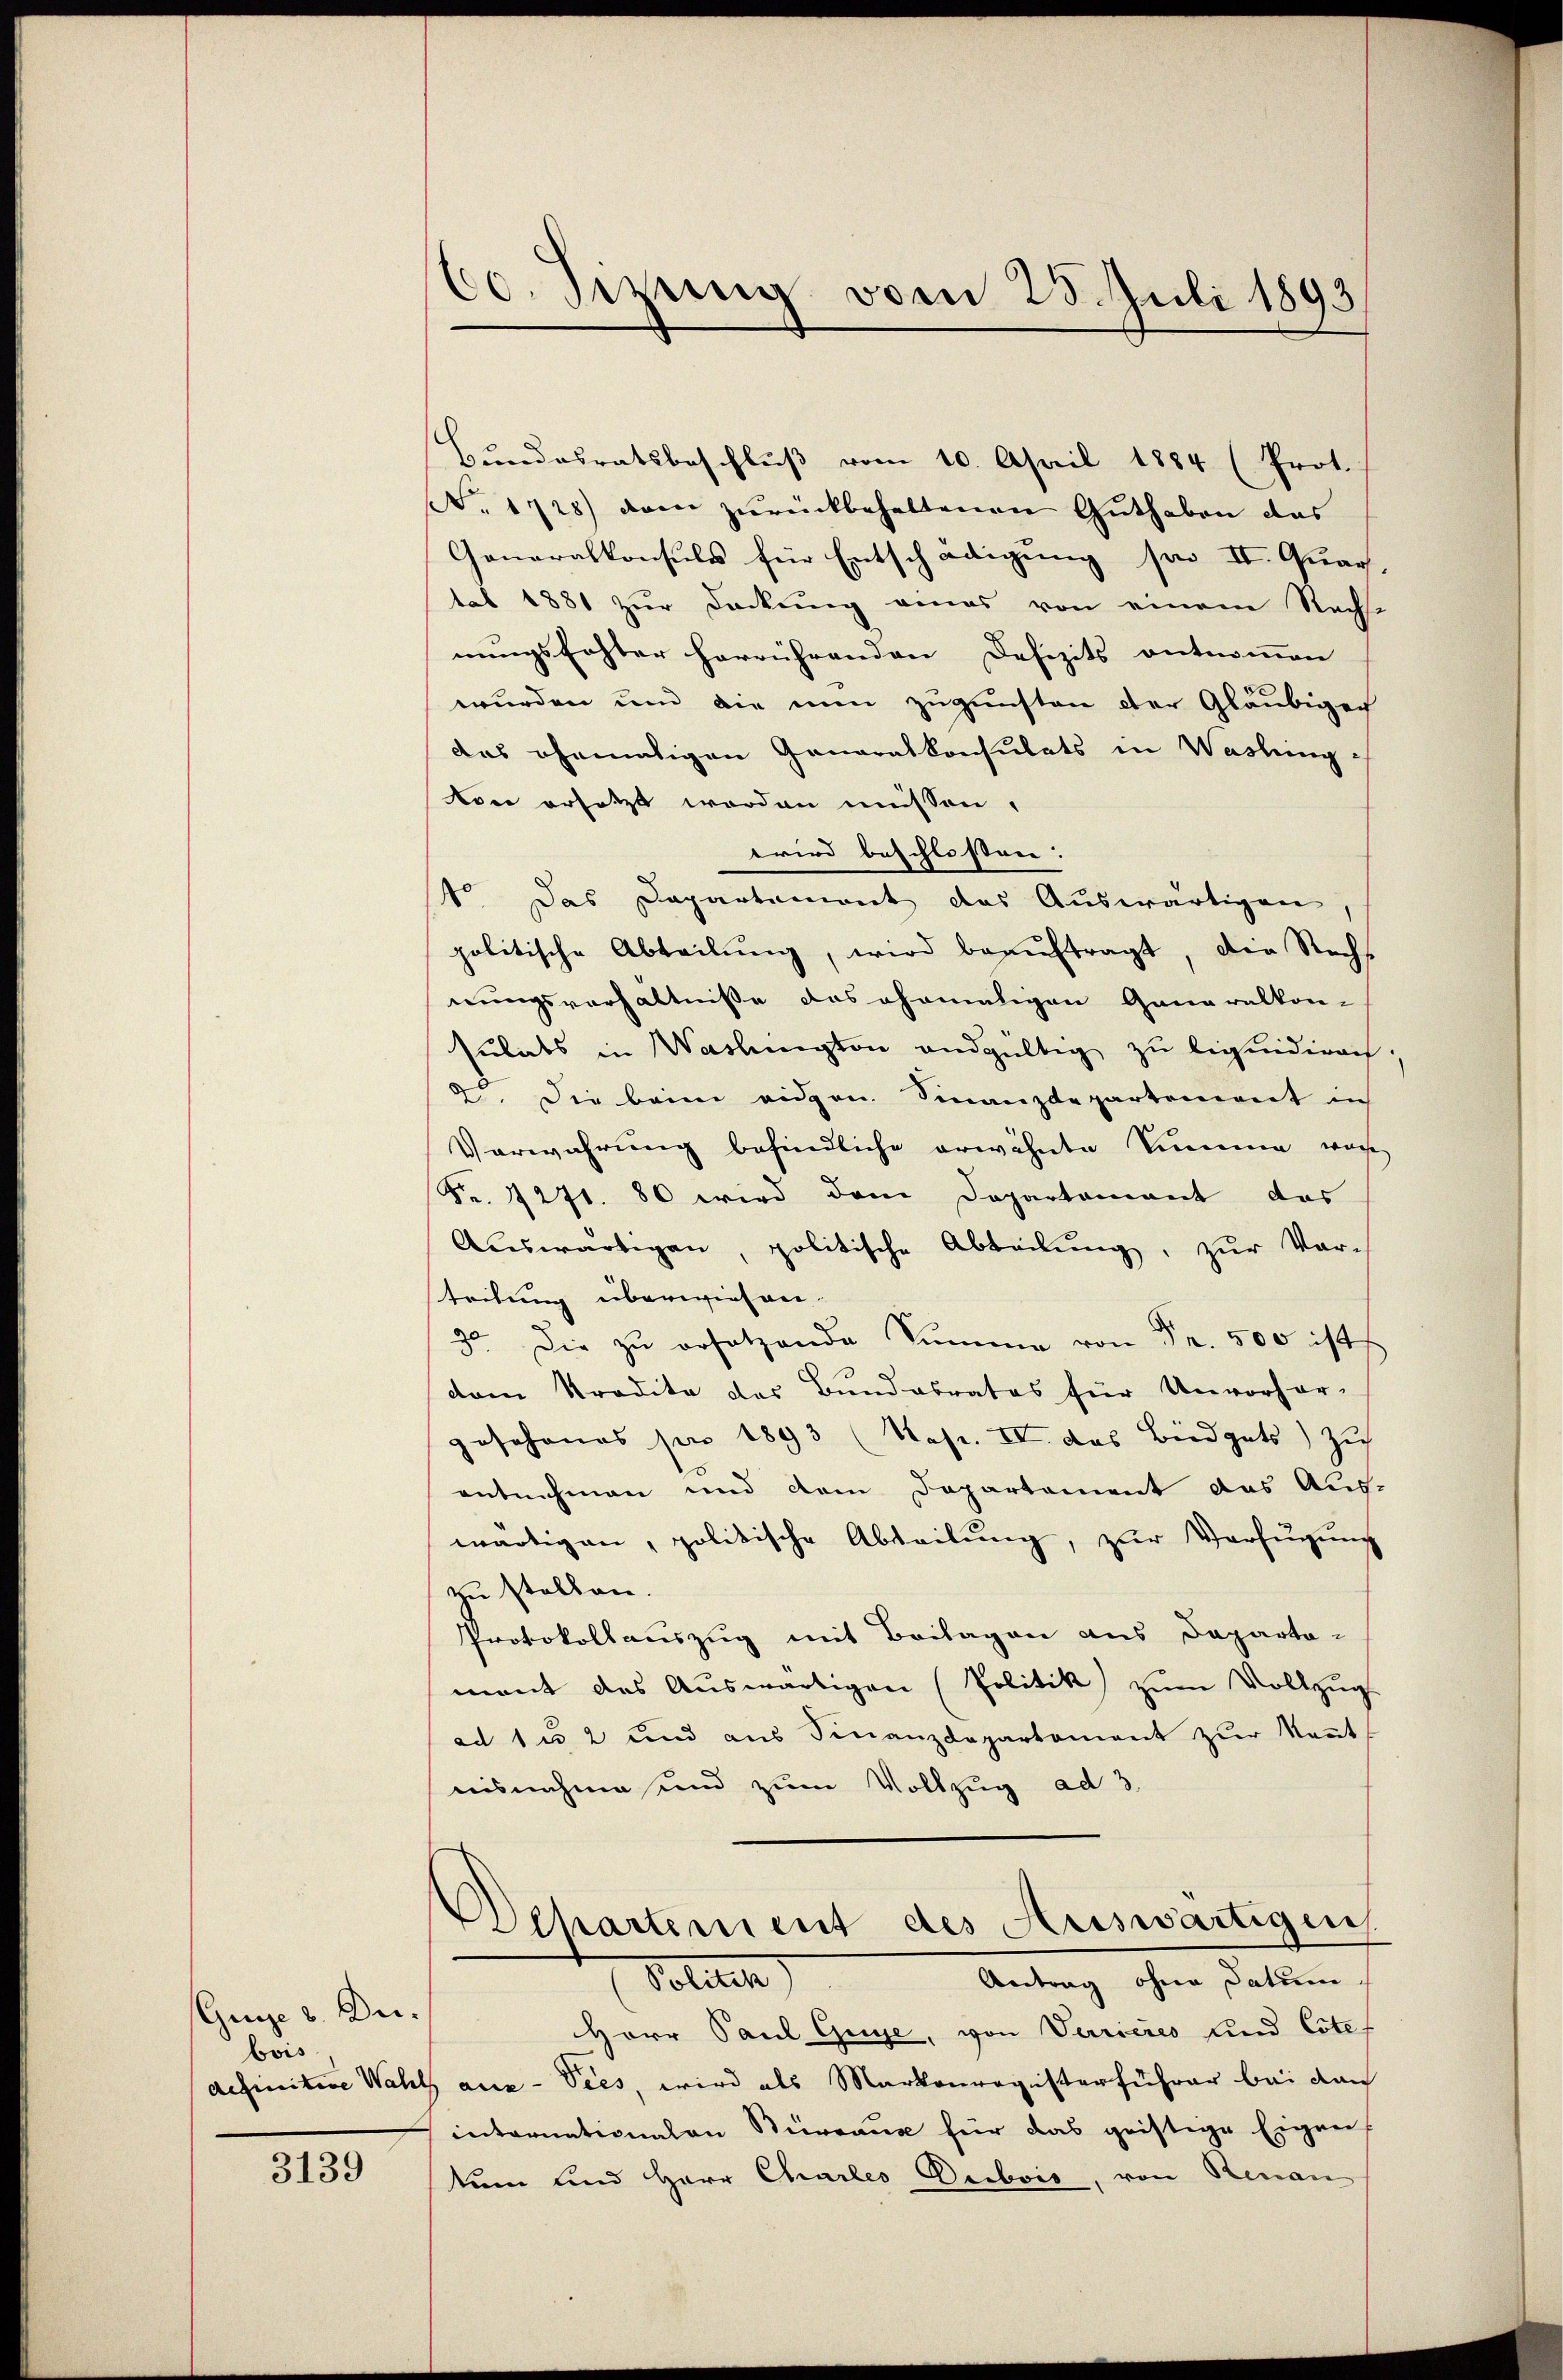
Guise v. Dubois
definitive Wahl

3139

(60. Sizung vom 25. Juli 1893

Bundesratsbeschluß vom 10. April 1884 (Prot.
No. 1728) dann zurückbehaltenen Guthaben das
Generalkonsuls für Entschädigung sei II. Quar
tat 1881 zur Deckung eines von einem Nachse
nungsfester herrührenden Defizits entnommen
wurden und die nun zugunsten der Gläubiger
das ehemaligen Generalkonsulats in Waslung
toer ersetzt worden müssen,
wried beschlossen:
1o. Das Departement des Auswärtigen
politische Abteilŭng, wird beaŭftragt, die Recht
nungsverhältnisse das ehemaligen Generalkon-
sulats in Washington andgültig zu liquidirect.
2. Die beim eidgen. Finanzdepartement in
Verwahrung befindliche erwähnte Simmen, was
Fr. 1271. 86 wird dem Departement das
Aŭswärtigen, politische Abteilŭng, zŭr Vor-
teilung überwiesen.
30. Die zŭ ersetzende Summe von Fr. 500 ist
dem Tradita des Bundesrates für Unvorher-
geschones pro 1893 (Kapr. IV. das Büdgets) zu
entnehmen und dem Departement das Aus-
wärtigen, politische Abteilung, zur Verfügung
zu stellen.
Protokollauszug mit Beilagen aus Departa-
mant des Auswärtigen (Politik zum Vollzug
ad 1 u 2 und aus Finanzdepartement zur Kennt
nisnahme und zum Vollzug ad 3.
Polpartement des Auswärtigen
Antrag ohne Datum
Polten
Herr Paul Guye, von Verrieres und Cotes
aus-Vies, wird als Markonregisterfuhrer bei dan
internationalen Stüreaux für das geistige Eigen-
tum und Herr Charles Decbois, von Renau